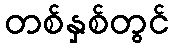
တစ်နှစ်တွင်